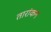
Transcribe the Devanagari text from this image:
तारांकन